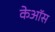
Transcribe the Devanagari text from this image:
केऑस